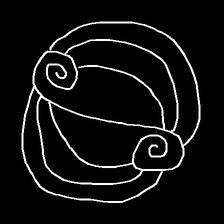
Glyph: wind-underfoot